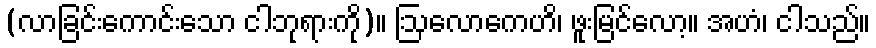
(လာခြင်းကောင်းသော ငါဘုရားကို)။ ဩလောကေဟိ၊ ဖူးမြင်လော့။ အဟံ၊ ငါသည်။